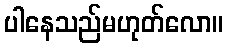
ပါနေသည်မဟုတ်လော။